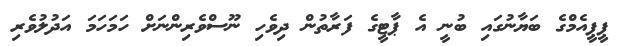
ޕީޕީއެމްގެ ބަޔާނުގައި ބުނީ އެ ޕާޓީގެ ފަރާތުން ދިވެހި ނޫސްވެރިންނަށް ހަމަހަމަ އަދުލުވެރި